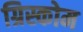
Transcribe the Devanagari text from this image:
ग्रिस्कोम